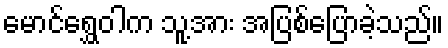
မောင်ရွှေဝါက သူ့အား အပြစ်ပြောခဲ့သည်။